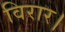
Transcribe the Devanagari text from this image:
विरार।